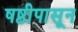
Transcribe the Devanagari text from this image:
षष्ठीपासून